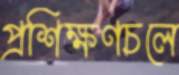
প্রশিক্ষণচলে